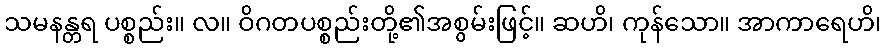
သမနန္တရ ပစ္စည်း။ လ။ ဝိဂတပစ္စည်းတို့၏အစွမ်းဖြင့်။ ဆဟိ၊ ကုန်သော။ အာကာရေဟိ၊